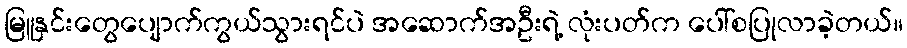
မြူနှင်းတွေပျောက်ကွယ်သွားရင်ပဲ အဆောက်အဦးရဲ့ လုံးပတ်က ပေါ်စပြုလာခဲ့တယ်။